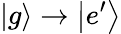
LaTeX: \left|g\right\rangle\rightarrow\left|e^{\prime}\right\rangle